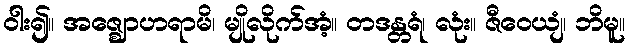
ဝါး၍။ အဇ္ဈောဟရာမိ၊ မျိုလိုက်အံ့။ တဒန္တရံ၊ လုံး။ ဇီဝေယျံ၊ ဘိမူ။